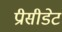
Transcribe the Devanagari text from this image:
प्रीसीडेट